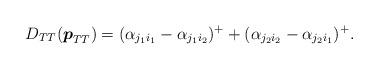
LaTeX: \begin{align*}D_{TT}(\boldsymbol{p}_{TT})=(\alpha_{j_1i_1}-\alpha_{j_1i_2})^++(\alpha_{j_2i_2}-\alpha_{j_2i_1})^+.\end{align*}